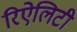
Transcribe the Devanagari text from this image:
रिऐलिटी